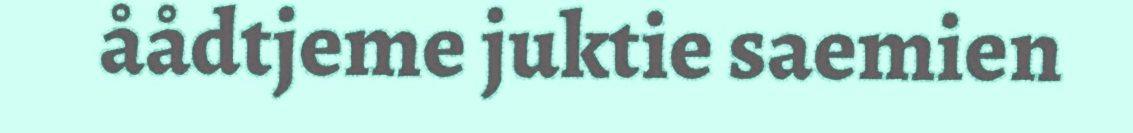
åådtjeme juktie saemien